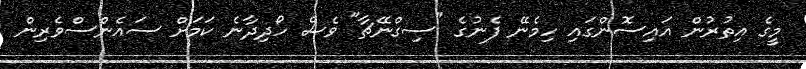
މީގެ އިތުރުން އައިސޮންގައި ހިމެނޭ ފެނުގެ "ސިގްނޭޗާ" ވެސް ހޯދިދާނެ ކަމަށް ސައެންސްވެރިން